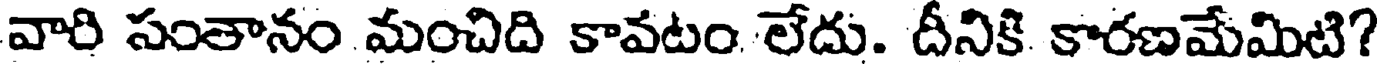
వారి సంతానం మంచిది కావటం లేదు. దీనికి కారణమేమిటి?